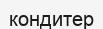
кондитер